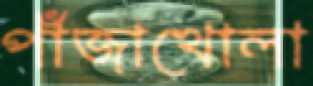
পাঁজাখোলা